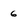
Character: 6